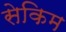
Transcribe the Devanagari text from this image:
सेकिम